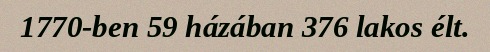
1770-ben 59 házában 376 lakos élt.